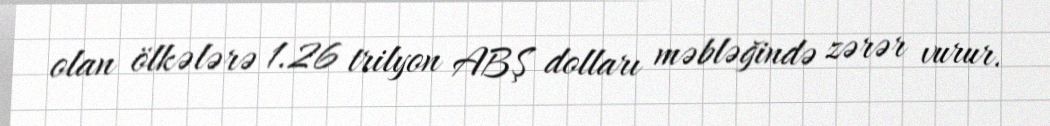
olan ölkələrə 1.26 trilyon ABŞ dolları məbləğində zərər vurur.